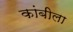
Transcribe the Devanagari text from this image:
कांबीला